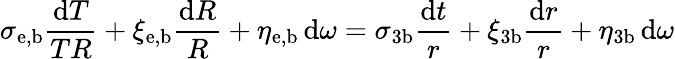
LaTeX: \sigma_{\mathrm{e,b}}\frac{{\mathrm d}T}{TR}+\xi_{\mathrm{e,b}}\frac{{\mathrm d}R}{R}+\eta_{\mathrm{e,b}}\, {\mathrm d}\omega=\sigma_{3\mathrm{b}}\frac{{\mathrm d}t}{r}+\xi_{3\mathrm{b}}\frac{{\mathrm d}r}{r}+\eta_{3\mathrm{b}}\, {\mathrm d}\omega